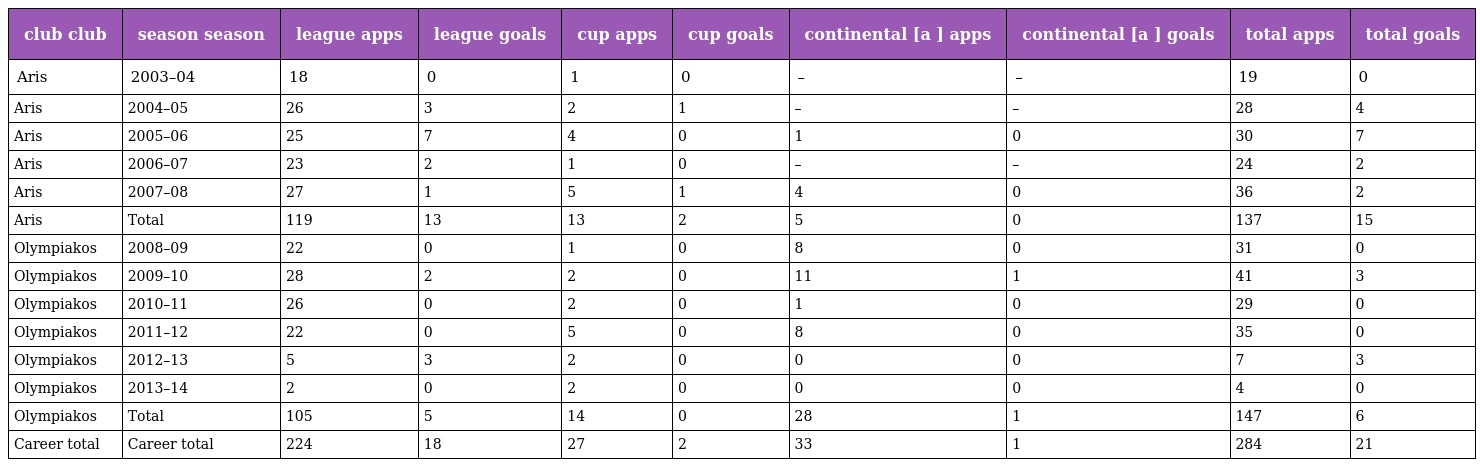
| club club | season season | league apps | league goals | cup apps | cup goals | continental [a ] apps | continental [a ] goals | total apps | total goals |
 | --- | --- | --- | --- | --- | --- | --- | --- | --- | --- |
 | Aris | 2003–04 | 18 | 0 | 1 | 0 | – | – | 19 | 0 |
 | Aris | 2004–05 | 26 | 3 | 2 | 1 | – | – | 28 | 4 |
 | Aris | 2005–06 | 25 | 7 | 4 | 0 | 1 | 0 | 30 | 7 |
 | Aris | 2006–07 | 23 | 2 | 1 | 0 | – | – | 24 | 2 |
 | Aris | 2007–08 | 27 | 1 | 5 | 1 | 4 | 0 | 36 | 2 |
 | Aris | Total | 119 | 13 | 13 | 2 | 5 | 0 | 137 | 15 |
 | Olympiakos | 2008–09 | 22 | 0 | 1 | 0 | 8 | 0 | 31 | 0 |
 | Olympiakos | 2009–10 | 28 | 2 | 2 | 0 | 11 | 1 | 41 | 3 |
 | Olympiakos | 2010–11 | 26 | 0 | 2 | 0 | 1 | 0 | 29 | 0 |
 | Olympiakos | 2011–12 | 22 | 0 | 5 | 0 | 8 | 0 | 35 | 0 |
 | Olympiakos | 2012–13 | 5 | 3 | 2 | 0 | 0 | 0 | 7 | 3 |
 | Olympiakos | 2013–14 | 2 | 0 | 2 | 0 | 0 | 0 | 4 | 0 |
 | Olympiakos | Total | 105 | 5 | 14 | 0 | 28 | 1 | 147 | 6 |
 | Career total | Career total | 224 | 18 | 27 | 2 | 33 | 1 | 284 | 21 |